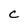
Character: C